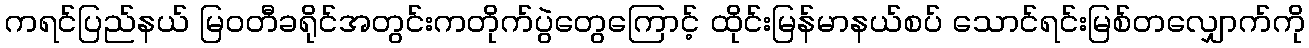
ကရင်ပြည်နယ် မြဝတီခရိုင်အတွင်းကတိုက်ပွဲတွေကြောင့် ထိုင်းမြန်မာနယ်စပ် သောင်ရင်းမြစ်တလျှောက်ကို